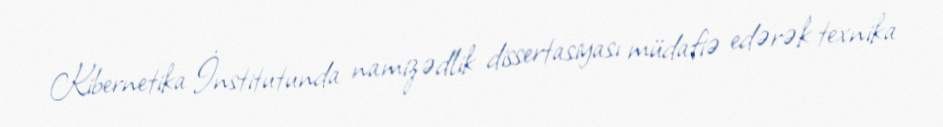
Kibernetika İnstitutunda namizədlik dissertasiyası müdafiə edərək texnika